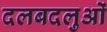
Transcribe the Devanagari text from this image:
दलबदलुओं